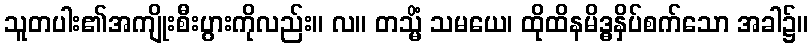
သူတပါး၏အကျိုးစီးပွားကိုလည်း။ လ။ တသ္မိံ သမယေ၊ ထိုထိနမိဒ္ဓနှိပ်စက်သော အခါ၌။